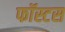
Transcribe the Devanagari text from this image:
फॉस्टस